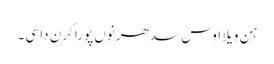
ہن ویلا اوس سدھر نوں پورا کرن دا سی ۔